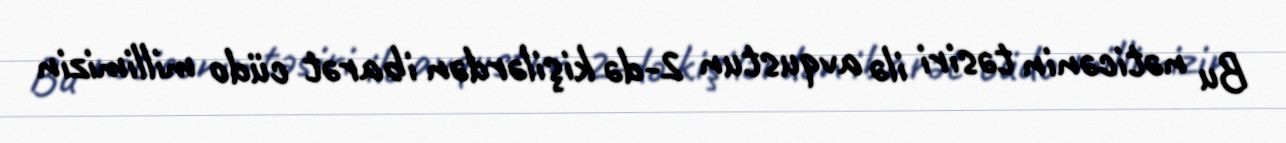
Bu nəticənin təsiri ilə avqustun 2-də kişilərdən ibarət cüdo millimizin